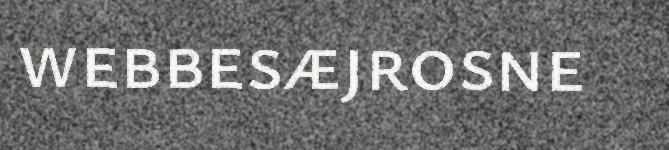
webbesæjrosne